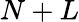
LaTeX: N+L